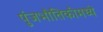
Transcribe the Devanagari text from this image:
पुंजभौतिकीमध्ये